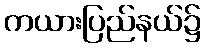
ကယားပြည်နယ်၌